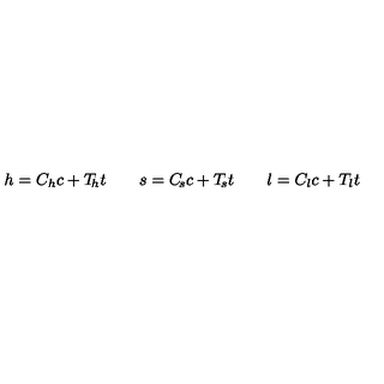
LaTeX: h = C _ { h } c + T _ { \! h } t \qquad s = C _ { \! s } c + T _ { \! s } t \qquad l = C _ { l } c + T _ { l } t